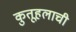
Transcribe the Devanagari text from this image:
कुतूहलाची